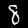
Digit: 8